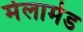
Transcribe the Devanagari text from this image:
मेलामेड